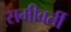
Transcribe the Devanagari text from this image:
समीवर्ती